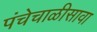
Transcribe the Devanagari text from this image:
पंचेचाळीसावा